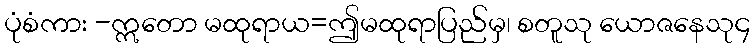
ပုံစံကား -ဣတော မထုရာယ=ဤမထုရာပြည်မှ၊ စတူသု ယောဇနေသု၄